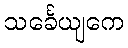
သင်္ခေယျကေ